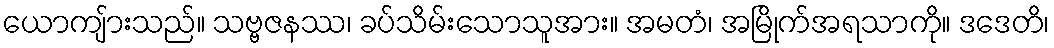
ယောကျ်ားသည်။ သဗ္ဗဇနဿ၊ ခပ်သိမ်းသောသူအား။ အမတံ၊ အမြိုက်အရသာကို။ ဒဒေတိ၊